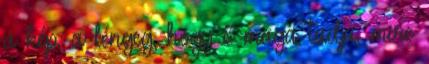
a kép, a lényeg, hogy ő maga tudja, mire